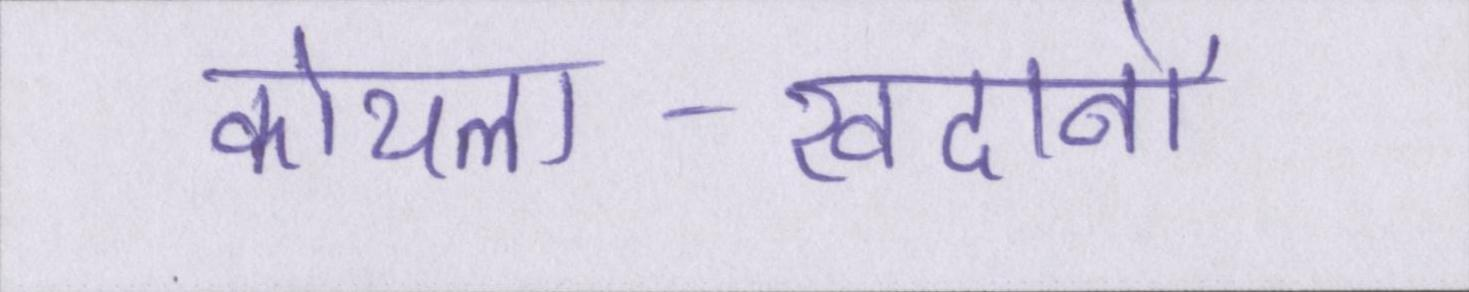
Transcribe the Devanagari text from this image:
कोयला-खदानों